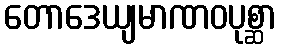
တောဒေယျမာဏဝပုစ္ဆာ